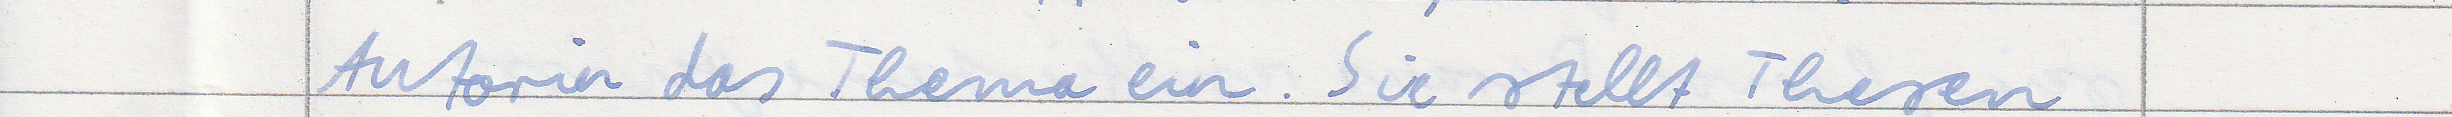
Autorin das Thema ein. Sie stellt Thesen